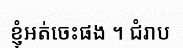
ខ្ញុំអត់ចេះផង ។ ជំរាប